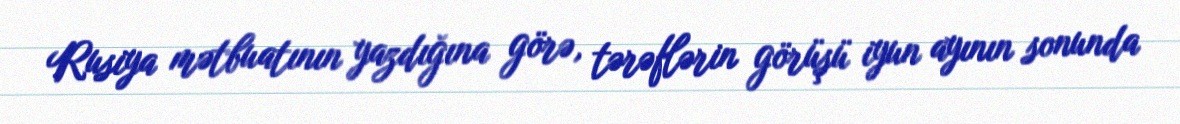
Rusiya mətbuatının yazdığına görə, tərəflərin görüşü iyun ayının sonunda